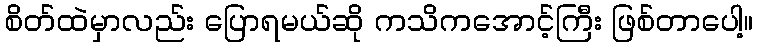
စိတ်ထဲမှာလည်း ပြောရမယ်ဆို ကသိကအောင့်ကြီး ဖြစ်တာပေါ့။